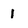
Character: 1